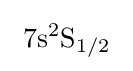
\ \mathrm {7s^{2}S_{1/2}} \